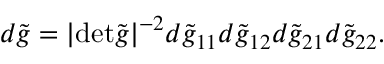
d \tilde { g } = | \mathrm { d e t } \tilde { g } | ^ { - 2 } d \tilde { g } _ { 1 1 } d \tilde { g } _ { 1 2 } d \tilde { g } _ { 2 1 } d \tilde { g } _ { 2 2 } .